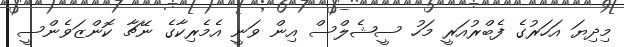
މިދިޔަ އަހަރުގެ ފެބްރުއަރީ މަހު ސީޝެލްސް އިން ވަނީ އެމެރިކާގެ ނޭޗާ ކޮންޒަވެންސީ